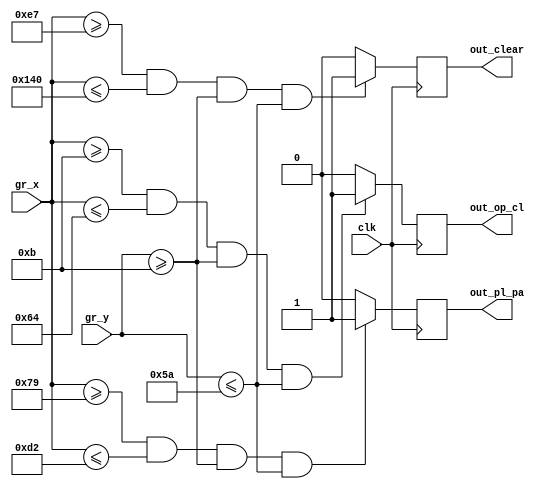
module DRAW_3KEYS_1(
	input wire clk,
//	input wire reset,
	
	input wire [10:0]gr_x,
	input wire [9:0]gr_y,
	
	output reg out_op_cl,
	output reg out_pl_pa,
	output reg out_clear
	
	);
	
parameter[10:0] x1 = 11'd11;
parameter[10:0] x2 = 11'd100;
parameter[9:0] y1 = 11'd11;
parameter[9:0] y2 = 11'd90;

parameter[10:0] x3 = 11'd121;
parameter[10:0] x4 = 11'd210;

parameter[10:0] x5 = 11'd231;
parameter[10:0] x6 = 11'd320;

always @ (posedge clk)
	begin
		if ((gr_x[10:0]>=x1[10:0])&&(gr_x[10:0]<=x2)&&(gr_y[9:0]>=y1)&&(gr_y[9:0]<=y2))
			begin
				out_op_cl = 1;
			end
			else
				out_op_cl = 0;
		if ((gr_x[10:0]>=x3[10:0])&&(gr_x[10:0]<=x4)&&(gr_y[9:0]>=y1)&&(gr_y[9:0]<=y2))
			begin
				out_pl_pa = 1;
			end
			else
				out_pl_pa = 0;
		if ((gr_x[10:0]>=x5[10:0])&&(gr_x[10:0]<=x6)&&(gr_y[9:0]>=y1)&&(gr_y[9:0]<=y2))
			begin
				out_clear = 1;
			end
			else
				out_clear = 0;
	end
endmodule